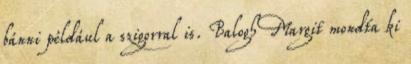
bánni például a szigorral is. Balogh Margit mondta ki